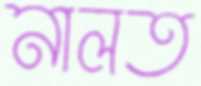
নালত